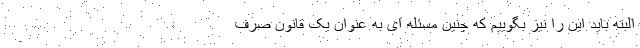
البته باید این را نیز بگوییم که چنین مسئله ای به عنوان یک قانونِ صرف